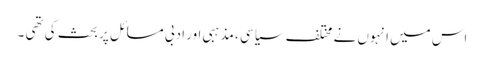
اس میں انہوں نے مختلف سیاسی ، مذہبی اور ادبی مسائل پر بحث کی تھی ۔